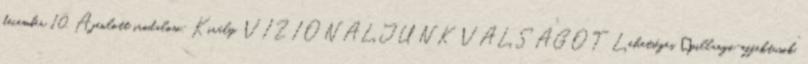
december 10. Ajánlott irodalom: Király. VIZIONÁLJUNK VÁLSÁGOT Lehetséges „pillangó-effektusok”,